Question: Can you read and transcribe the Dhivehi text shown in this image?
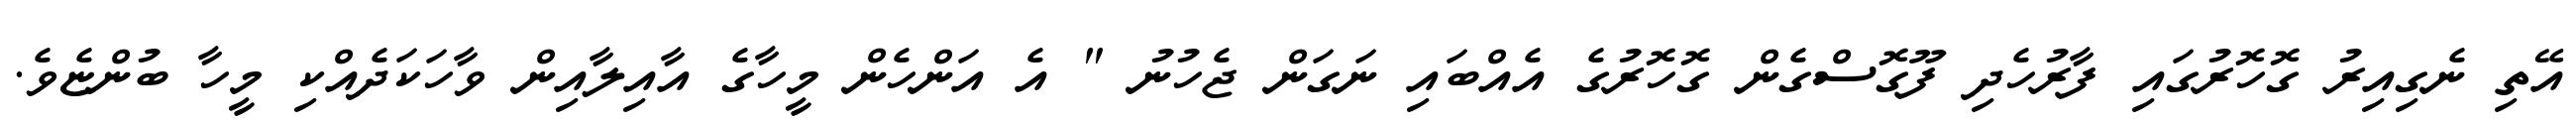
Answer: އޭތި ނެގިއިރު ގޮހޮރުގައި ފާރުހެދި ފޫގޮސްގެން ގޮހޮރުގެ އެއްބައި ނަގަން ޖެހުނު " އެ އަންހެން މީހާގެ އާއިލާއިން ވާހަކަދެއްކި މީހާ ބުންޏެވެ.